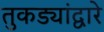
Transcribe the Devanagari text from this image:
तुकड्यांद्वारे